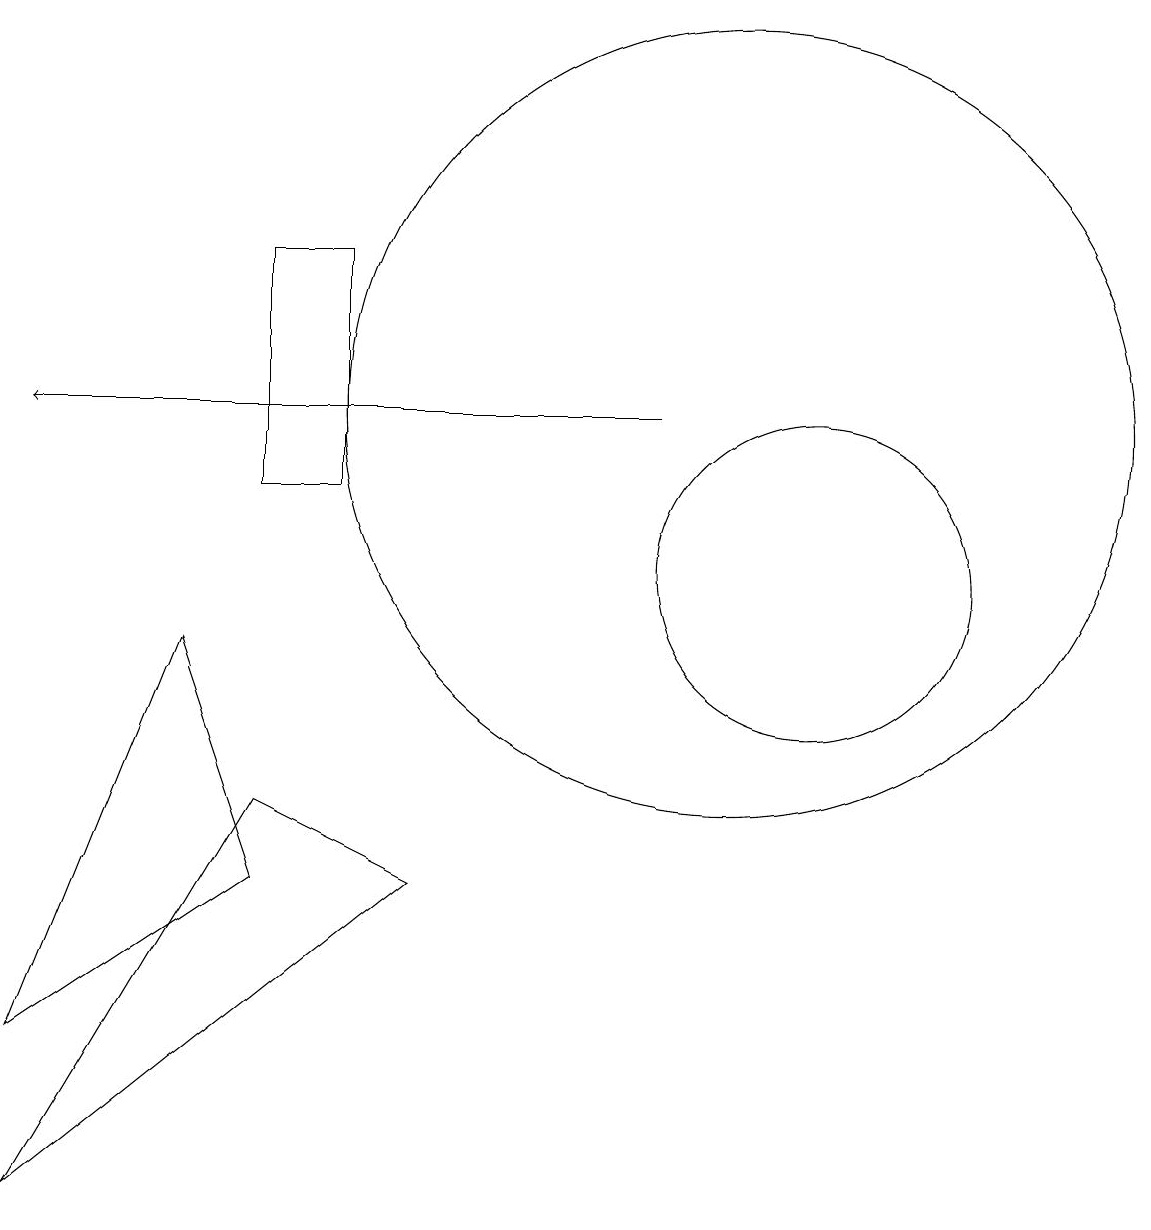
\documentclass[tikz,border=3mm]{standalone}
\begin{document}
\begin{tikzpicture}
\draw (11,10) circle (2);
\draw (10,12) circle (5);
\draw (4,11) rectangle (5,14);
\draw[->] (9,12) -- (1,12);
\draw (1,4) -- (3,9) -- (4,6) -- cycle;
\draw (6,6) -- (1,2) -- (4,7) -- cycle;
\draw (3,16) rectangle (3,16);
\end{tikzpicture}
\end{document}